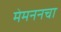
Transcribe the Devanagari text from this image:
मेमननचा